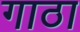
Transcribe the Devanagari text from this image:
गाठा